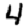
Digit: 4